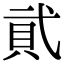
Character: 貮